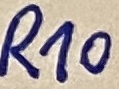
Text: R10